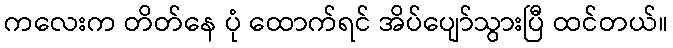
ကလေးက တိတ်နေ ပုံ ထောက်ရင် အိပ်ပျော်သွားပြီ ထင်တယ်။